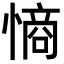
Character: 𭞡